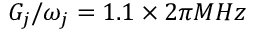
G _ { j } / \omega _ { j } = 1 . 1 \times 2 \pi M H z